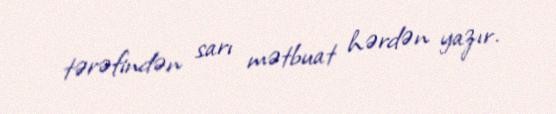
tərəfindən sarı mətbuat hərdən yazır.